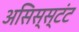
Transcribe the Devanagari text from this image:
असिस्स्टंट